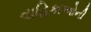
વાહિકાઓની